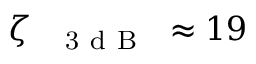
\zeta _ { \mathrm { ~ \textsubscript ~ { ~ 3 ~ d ~ B ~ } ~ } } \approx 1 9